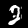
Label: 2